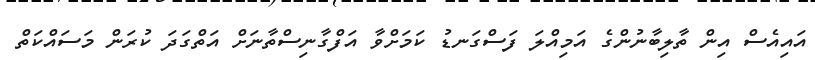
އައިއެސް އިން ތާލިބާނުންގެ އަމިއްލަ ފަސްގަނޑު ކަމަށްވާ އަފްގާނިސްތާނަށް އަތްގަދަ ކުރަން މަސައްކަތް